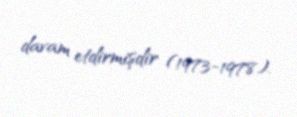
davam etdirmişdir (1973-1978).